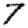
Digit: 7